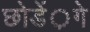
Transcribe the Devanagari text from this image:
छोडें़गे